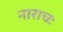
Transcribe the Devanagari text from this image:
नाराचः